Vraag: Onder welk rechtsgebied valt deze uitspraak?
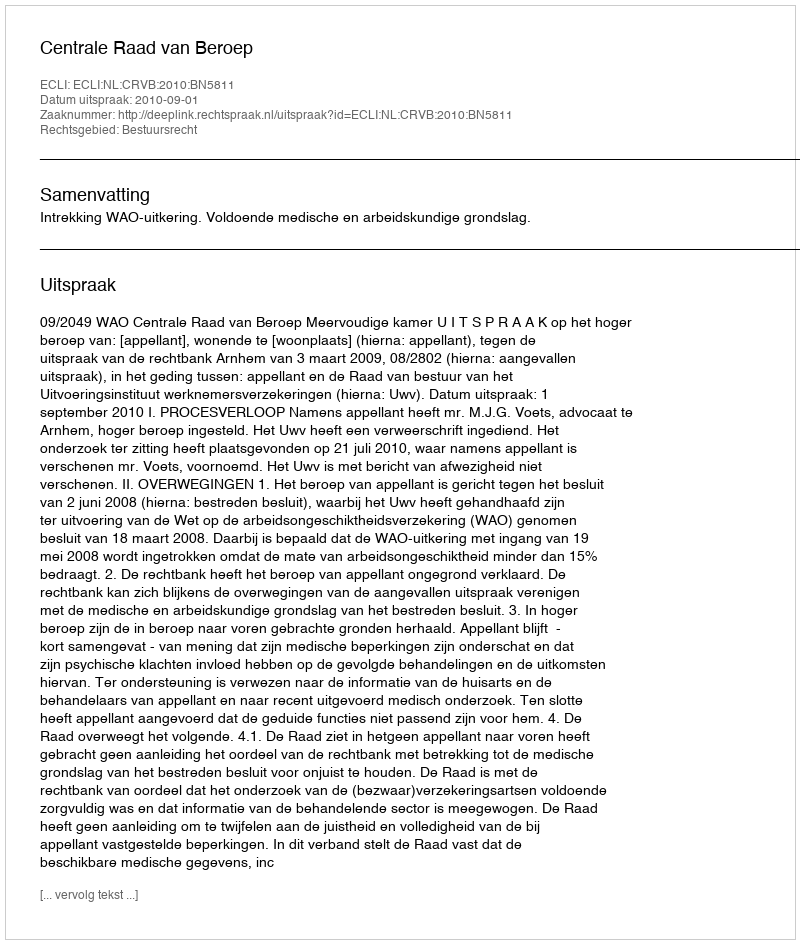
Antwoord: Bestuursrecht